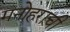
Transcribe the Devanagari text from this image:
मनोहरांची